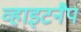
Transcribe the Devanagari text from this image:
व्हाइटनैप